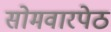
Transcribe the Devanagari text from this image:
सोमवारपेठ